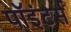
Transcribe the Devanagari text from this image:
पॉइंटर्स